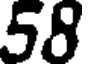
58